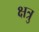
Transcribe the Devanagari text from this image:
क्षत्रु